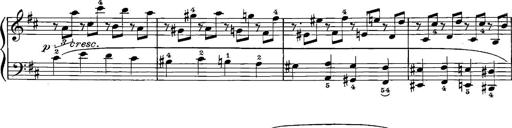
Title: 12 Sonatinas
Composer: Ignaz Pleyel